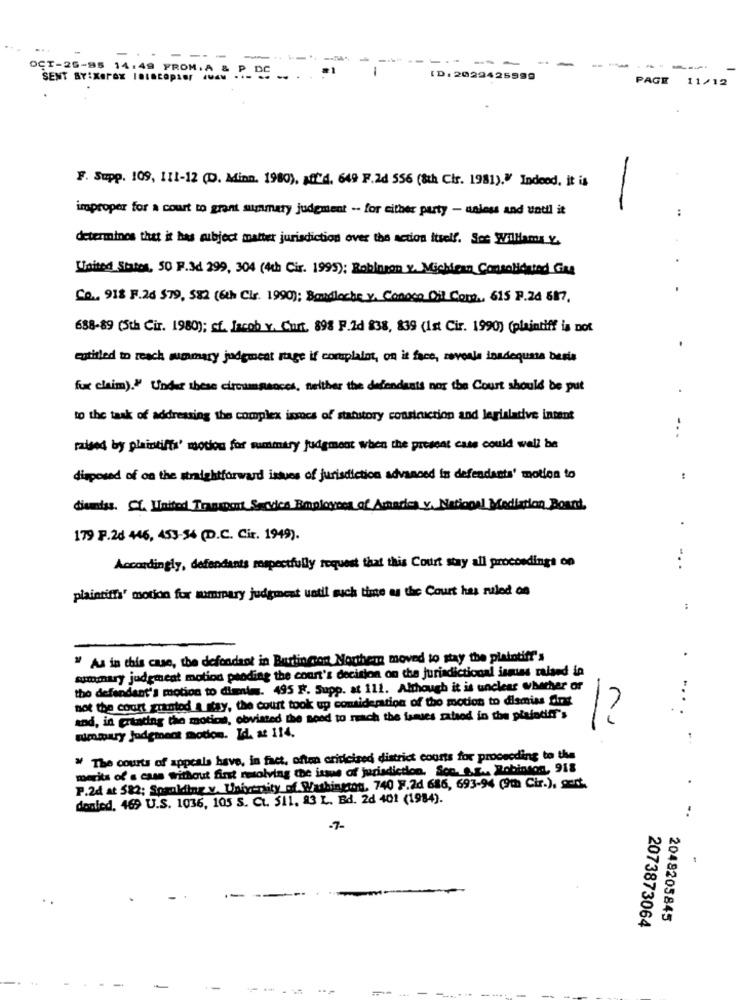
----
-
--
..
-
OCT-26-85 14:49 FROM. A
SENT BY:Xerex IBIaceptar QUE .P_ DE
ID: 2029425999
PAGE
11/12
F. Supp. 109, 111-12 (D. Minn. 1980), aff'd, 649 F.2d 556 (8th Cir. 1981)." Indeed. it is
improper for a court to grant summary judgment -- for either party - unless and until it
determines thet it has subject matter jurisdiction over the action itself. See Williams y.
United States, 50 F.3d 299, 304 (4th Cir. 1995): Robinson y. Michigan Consolidated Gag
Co ., 918 F.26 579, 582 (6th Cir. 1990); Bandleche y. Conoco Oil Corp ., 615 P.24 617.
688-89 (5th Cir. 1980); st. Jacob v. Curt. 898 F.2d 838, 839 (1st Cir. 1990) (plaintiff is not
entitled to reach womary judgment rage if complaint, on it face, zevenla londequanta basis
for claim)." Under these circumproces, neither the defendants not the Court should be put
to the task of addressing the complex inncs of statutory construction and legislative intent
...
raised by plaintiffs' modos for summary judgment when the present case could well be
disposed of on the straightforward issues of jurisdiction advanced in defendants' motion to
dients. CL. United Transport Sendes Employees of Amarie v. National Mediation Board.
179 F.2d 446, 453-54 (D.C. Cir. 1949).
Accordingly, defendants respectfully request that this Court stay all proceedings on
...
plaintiff' motion for sumary judgment until such time as the Court has ruled on
.
" As in this case, the defendant in Burlington Northern moved to stay the plaintiff's
summary judgment motion pending the court's decision on the jurisdictional ismiss raised in
the defendant's motion to dismiss. 495 F. Supp. at 111. Although it is unclear whether or
not the court granted a stay, the court took up consideration of the motion to dismiss fint
...
and, in granting the motics, obviated the need to reach the issues zataod in the plaintiff's
12
summary Judgment motion. Id. at 114.
" The courts of appeals have, in fact, oftea criticised district courts for proceeding to the
merits of a casa without first resolving the issue of jurisdiction. Son. s.E ., Robinson, 918
P.2d at 582; Sosalding v. University of Washington, 740 F.2d 686, 693-94 (9th Cir.), godt.
donled, 469 U.S. 1036, 105 S. Ct. 511. 83 L. B4. 2d 401 (1984).
..
-7-
2048205845
2073873064